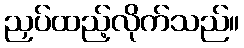
ညှပ်ထည့်လိုက်သည်။